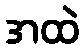
အထဲ